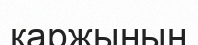
қаржының